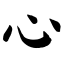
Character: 心